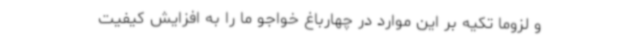
و لزوماً تکیه بر این موارد در چهارباغ خواجو ما را به افزایش کیفیت